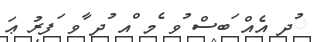
ުދ އެއް ަބސް ުވ ެމ ްއ ުދ ާވ ަފރު ޢަ